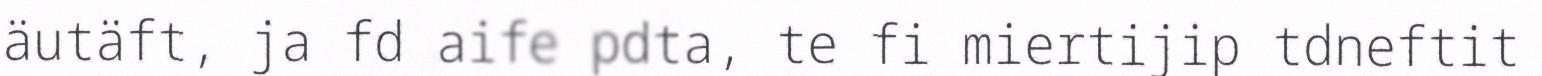
äutäft, ja fd aife pdta, te fi miertijip tdneftit